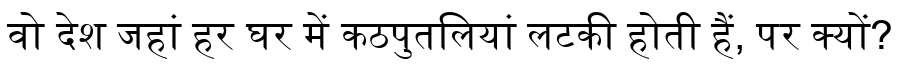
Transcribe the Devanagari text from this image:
वो देश जहां हर घर में कठपुतलियां लटकी होती हैं, पर क्यों?